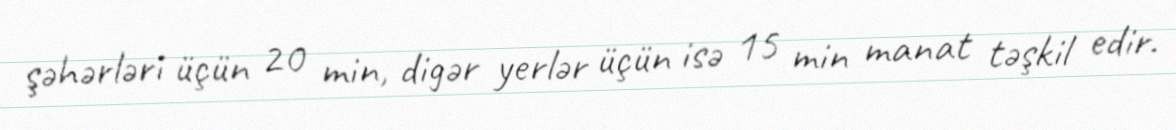
şəhərləri üçün 20 min, digər yerlər üçün isə 15 min manat təşkil edir.